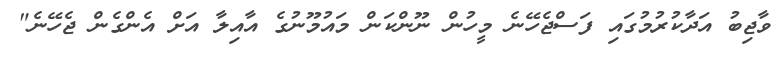
ވާޖިބު އަދާކުރުމުގައި ފަސްޖެހޭނެ މީހުން ނޫންކަން މައުމޫނުގެ އާއިލާ އަށް އެންގެން ޖެހޭނެ"